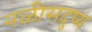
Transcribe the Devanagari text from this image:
नळीसदुष्य